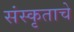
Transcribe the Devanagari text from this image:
संस्कृताचे